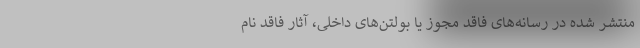
منتشر شده در رسانه‌های فاقد مجوز یا بولتن‌های داخلی، آثار فاقد نام